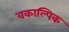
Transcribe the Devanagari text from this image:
वकाल्पिक